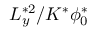
L _ { y } ^ { * 2 } / K ^ { * } \phi _ { 0 } ^ { * }